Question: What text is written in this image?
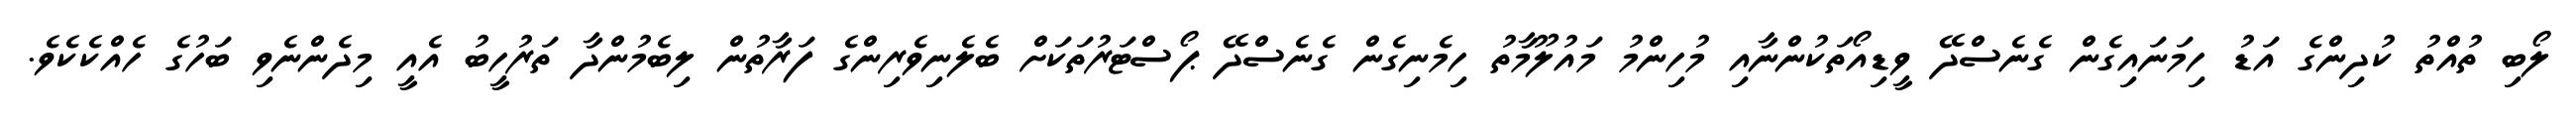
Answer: ލޯބި ތުއްތު ކުދިންގެ އަޑު ހިމަނައިގެން ގެނެސްދޭ ވީޑިއޯތަކުންނާއި މުހިންމު މައުލޫމާތު ހިމެނިގެން ގެނެސްދޭ ޕޯސްޓަރުތަކަށް ބެލެނިވެރިންގެ ފަރާތުން ލިބެމުންދާ ތަރުހީބު އެއީ މިދެންނެވި ބަހުގެ ހެއްކެކެވެ.